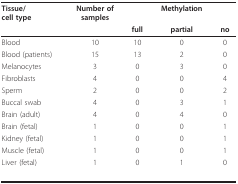
| Tissue/cell type | Number ofsamples |  | Methylation |  |
 |  |  | full | partial | no |
 | --- | --- | --- | --- | --- |
 | Blood | 10 | 10 | 0 | 0 |
 | Blood (patients) | 15 | 13 | 2 | 0 |
 | Melanocytes | 3 | 0 | 3 | 0 |
 | Fibroblasts | 4 | 0 | 0 | 4 |
 | Sperm | 2 | 0 | 0 | 2 |
 | Buccal swab | 4 | 0 | 3 | 1 |
 | Brain (adult) | 4 | 0 | 4 | 0 |
 | Brain (fetal) | 1 | 0 | 0 | 1 |
 | Kidney (fetal) | 1 | 0 | 0 | 1 |
 | Muscle (fetal) | 1 | 0 | 0 | 1 |
 | Liver (fetal) | 1 | 0 | 1 | 0 |